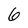
Character: 6